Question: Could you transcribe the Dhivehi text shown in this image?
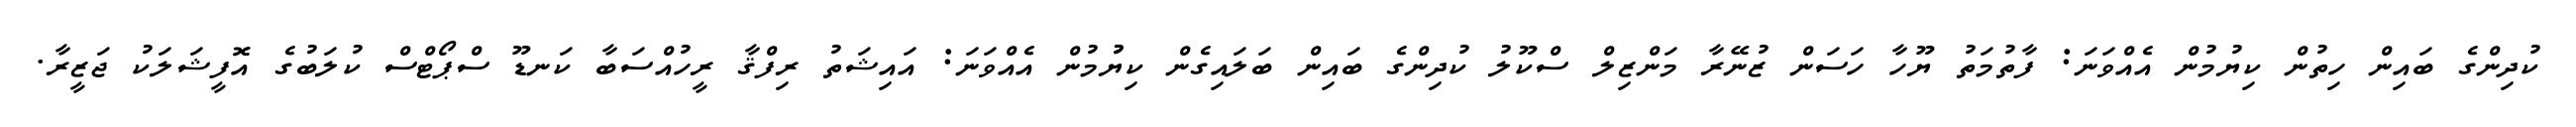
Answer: ކުދިންގެ ބައިން ހިތުން ކިޔުމުން އެއްވަނަ: ފާތުމަތު ޔޫހާ ހަސަން ޒުނޭރާ މަންޒިލް ސްކޫލު ކުދިންގެ ބައިން ބަލައިގެން ކިޔުުމުން އެއްވަނަ: އައިޝަތު ރިފްޤާ ރީހުއްސަބާ ކަނޑޫ ސްޕޯޓްސް ކުލަބުގެ އޮފީޝަލަކު ޖަޒީރާ.